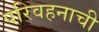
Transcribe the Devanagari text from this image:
परिवहनाची